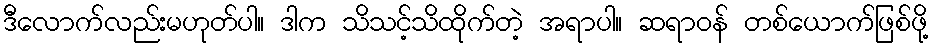
ဒီလောက်လည်းမဟုတ်ပါ။ ဒါက သိသင့်သိထိုက်တဲ့ အရာပါ။ ဆရာဝန် တစ်ယောက်ဖြစ်ဖို့